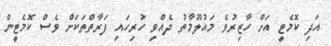
އަދި ކޮމެޓީ އަށް ހާޒިރުވެ މައުލޫމާތު ދެއްވި ހުރިހައި ފަރާތްތަކަށް ވެސް ކޮމެޓީން